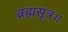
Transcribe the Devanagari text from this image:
ब्रह्मसूत्र॥